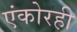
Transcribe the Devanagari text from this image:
एंकोरही